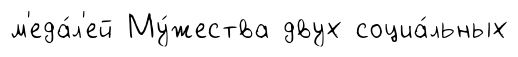
м'еда́л'ей Му́жества двух социа́льных